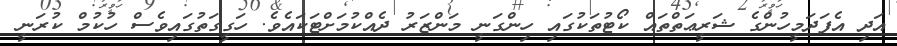
އަދި އެފަދަމީހުންގެ ޝަރީޢަތްތައް ކޯޓުތަކުގައި ހިންގަނީ މަންޒަރު ދެއްކުމަށްޓަކައެވެ. ހަގީގަތުގައިވެސް ހުކުމް ކުރަނީ